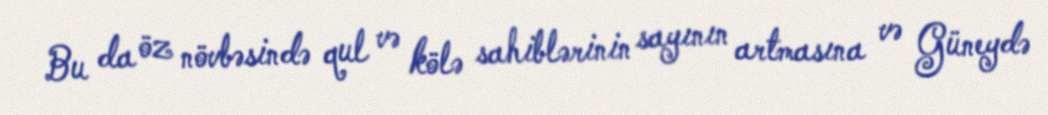
Bu da öz növbəsində qul və kölə sahiblərinin sayının artmasına və Güneydə